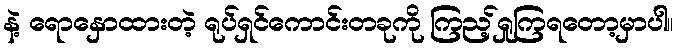
နဲ့ ရောနှောထားတဲ့ ရုပ်ရှင်ကောင်းတခုကို ကြည့်ရှုကြရတော့မှာပါ။